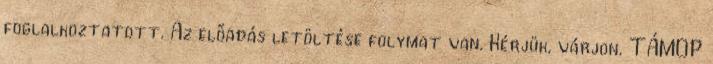
foglalkoztatott. Az előadás letöltése folymat van. Kérjük, várjon. TÁMOP